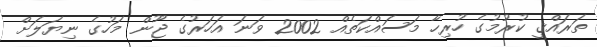
ތަރައްޤީ ކުރުމުގެ ހުރިހާ މަސައްކަތެއް 2002 ވަނަ އަހަރުގެ ޖޫން މަހުގެ ނިޔަލަށް